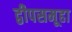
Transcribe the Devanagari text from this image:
द्वीपसमूहा